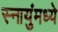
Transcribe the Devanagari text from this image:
स्नायुंमध्ये